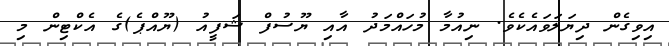
އިވިގެން ދިޔަލަވައެކެވެ. ނިއުމާ މުހައްމަދު އާއި ޔޫސުފް ޝަފީއު (ޔޫއްޕެ)ގެ އެކްޓިން މި